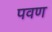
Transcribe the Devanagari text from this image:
पवण